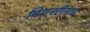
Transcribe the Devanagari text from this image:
मिशनरीनंतर